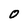
Character: 0